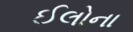
ઈલોના